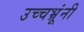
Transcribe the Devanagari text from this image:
उच्चभ्रूंनी